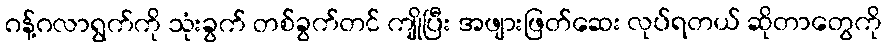
ဂန့်ဂလာရွက်ကို သုံးခွက် တစ်ခွက်တင် ကျိုပြီး အဖျားဖြတ်ဆေး လုပ်ရတယ် ဆိုတာတွေကို